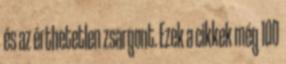
és az érthetetlen zsargont. Ezek a cikkek még 100